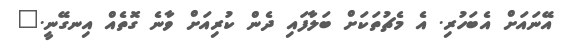
އޭނައަށް އެބަހުރި. އެ މެޗުތަކަށް ބަލާފައި ދެން ކުރިއަށް ވާނެ ގޮތެއް އިނގޭނީ."